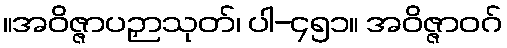
။အဝိဇ္ဇာပဉှာသုတ်၊ ပါ-၄၅၁။ အဝိဇ္ဇာဝဂ်